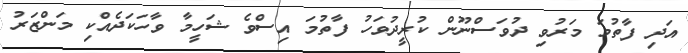
އަދި ފާތުމަ މަރުވި ދުވަސްނޫން ކުރީދުވަހު ފާތުމަ އިސްވެ ޝަހީމާ ވާހަކަދެއްކި މަންޒަރު